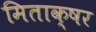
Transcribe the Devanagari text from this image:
मिताक्षर